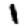
Digit: 1